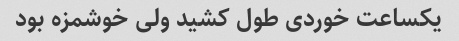
یکساعت خوردی طول کشید ولی خوشمزه بود